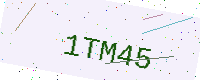
Text: 1TM45